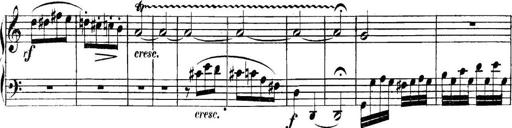
Title: Collected Piano Sonatas
Composer: Muzio Clementi